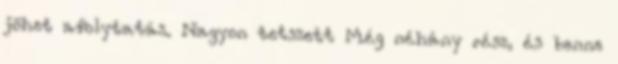
jöhet afolytatás. Nagyon tetszett Még néhány rész, és benne